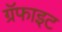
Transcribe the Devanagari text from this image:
ग्रॅफाइट